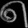
Digit: ၈